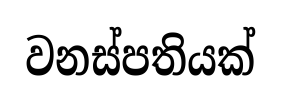
වනස්පතියක්